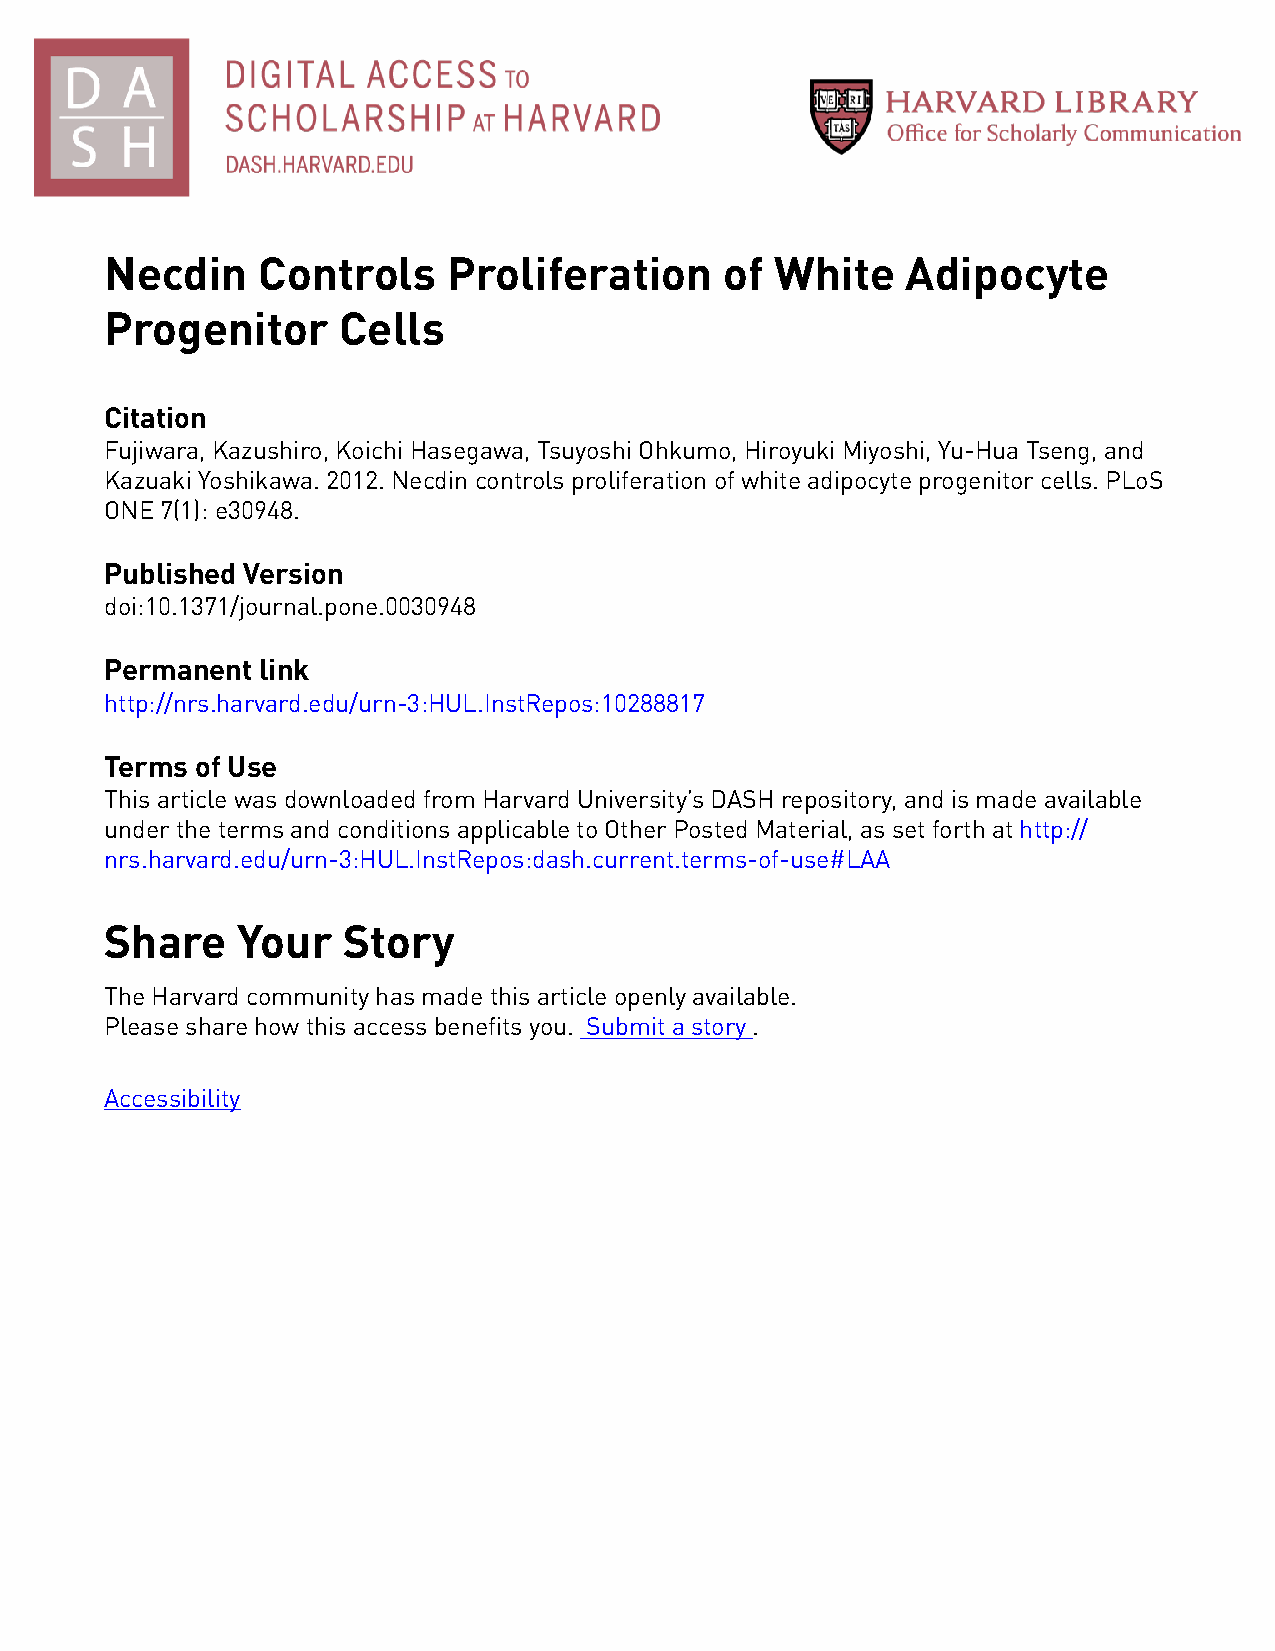
Necdin    Controls     Proliferation     of White    Adipocyte
 Progenitor     Cells
 Citation
 Fujiwara, Kazushiro, Koichi Hasegawa, Tsuyoshi Ohkumo, Hiroyuki Miyoshi, Yu-Hua Tseng, and
 Kazuaki Yoshikawa. 2012. Necdin controls proliferation of white adipocyte progenitor cells. PLoS
 ONE 7(1): e30948.
 Published Version
 doi:10.1371/journal.pone.0030948
 Permanent link
 http://nrs.harvard.edu/urn-3:HUL.InstRepos:10288817
 Terms of Use
 This article was downloaded from Harvard University’s DASH repository, and is made available
 under the terms and conditions applicable to Other Posted Material, as set forth at http://
 nrs.harvard.edu/urn-3:HUL.InstRepos:dash.current.terms-of-use#LAA
 Share    Your   Story
 The Harvard community has made this article openly available.
 Please share how this access benefits you. Submit a story .
 Accessibility